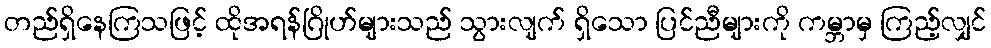
တည်ရှိနေကြသဖြင့် ထိုအရန်ဂြိုဟ်များသည် သွားလျက် ရှိသော ပြင်ညီများကို ကမ္ဘာမှ ကြည့်လျှင်